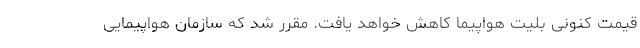
قیمت کنونی بلیت هواپیما کاهش خواهد یافت. مقرر شد که سازمان هواپیمایی